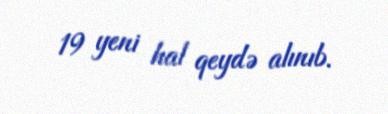
19 yeni hal qeydə alınıb.